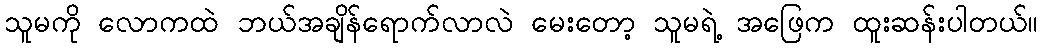
သူမကို လောကထဲ ဘယ်အချိန်ရောက်လာလဲ မေးတော့ သူမရဲ့ အဖြေက ထူးဆန်းပါတယ်။